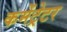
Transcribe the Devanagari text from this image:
कमेंट्रेटर